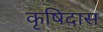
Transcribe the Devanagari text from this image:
कृषिदास